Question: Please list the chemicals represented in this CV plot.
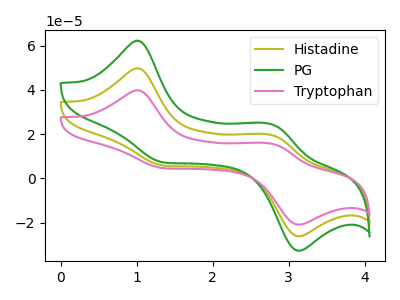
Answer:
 <answer>The olive curve is labeled "Histadine". The green curve is labeled "PG". The pink curve is labeled "Tryptophan".</answer>
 <eval></eval>